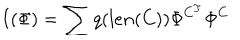
LaTeX: I ( \Phi ) = \sum q ( l e n ( C ) ) \Phi ^ { C ^ { T } } \Phi ^ { C }